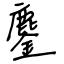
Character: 鏖